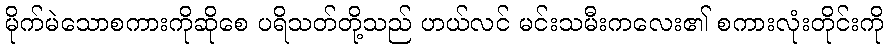
မိုက်မဲသောစကားကိုဆိုစေ ပရိသတ်တို့သည် ဟယ်လင် မင်းသမီးကလေး၏ စကားလုံးတိုင်းကို